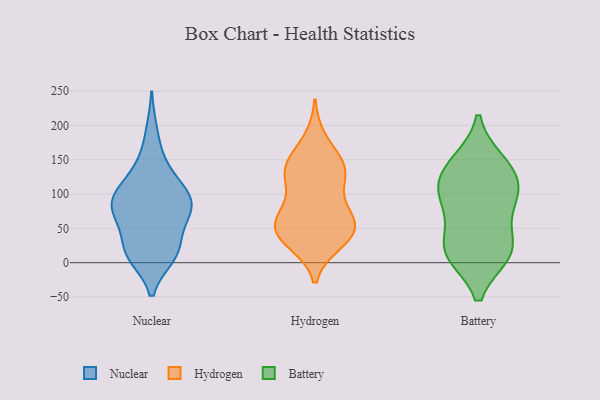
{"axis": {"x": "Energy Usage (MWh)", "y": "Value"}, "legend": ["Battery", "Hydrogen", "Nuclear"], "data": [{"x": "", "y": 13, "type": "Nuclear"}, {"x": "", "y": 74, "type": "Nuclear"}, {"x": "", "y": 15, "type": "Nuclear"}, {"x": "", "y": 56, "type": "Nuclear"}, {"x": "", "y": 78, "type": "Nuclear"}, {"x": "", "y": 98, "type": "Nuclear"}, {"x": "", "y": 97, "type": "Nuclear"}, {"x": "", "y": 99, "type": "Nuclear"}, {"x": "", "y": 134, "type": "Nuclear"}, {"x": "", "y": 31, "type": "Nuclear"}, {"x": "", "y": 116, "type": "Nuclear"}, {"x": "", "y": 13, "type": "Nuclear"}, {"x": "", "y": 76, "type": "Nuclear"}, {"x": "", "y": 76, "type": "Nuclear"}, {"x": "", "y": 10, "type": "Nuclear"}, {"x": "", "y": 15, "type": "Nuclear"}, {"x": "", "y": 79, "type": "Nuclear"}, {"x": "", "y": 96, "type": "Nuclear"}, {"x": "", "y": 191, "type": "Nuclear"}, {"x": "", "y": 150, "type": "Nuclear"}, {"x": "", "y": 131, "type": "Hydrogen"}, {"x": "", "y": 34, "type": "Hydrogen"}, {"x": "", "y": 65, "type": "Hydrogen"}, {"x": "", "y": 138, "type": "Hydrogen"}, {"x": "", "y": 38, "type": "Hydrogen"}, {"x": "", "y": 179, "type": "Hydrogen"}, {"x": "", "y": 130, "type": "Hydrogen"}, {"x": "", "y": 43, "type": "Hydrogen"}, {"x": "", "y": 75, "type": "Hydrogen"}, {"x": "", "y": 146, "type": "Hydrogen"}, {"x": "", "y": 109, "type": "Hydrogen"}, {"x": "", "y": 56, "type": "Hydrogen"}, {"x": "", "y": 54, "type": "Hydrogen"}, {"x": "", "y": 30, "type": "Hydrogen"}, {"x": "", "y": 64, "type": "Hydrogen"}, {"x": "", "y": 139, "type": "Hydrogen"}, {"x": "", "y": 85, "type": "Battery"}, {"x": "", "y": 15, "type": "Battery"}, {"x": "", "y": 100, "type": "Battery"}, {"x": "", "y": 142, "type": "Battery"}, {"x": "", "y": 147, "type": "Battery"}, {"x": "", "y": 103, "type": "Battery"}, {"x": "", "y": 103, "type": "Battery"}, {"x": "", "y": 15, "type": "Battery"}, {"x": "", "y": 47, "type": "Battery"}, {"x": "", "y": 16, "type": "Battery"}, {"x": "", "y": 13, "type": "Battery"}, {"x": "", "y": 133, "type": "Battery"}]}